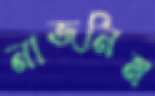
নাজনিম